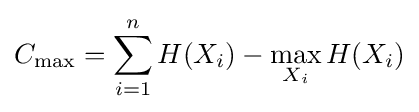
C_{\max }=\sum _{i=1}^{n}H(X_{i})-\max \limits _{X_{i}}H(X_{i})